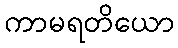
ကာမရတိယော